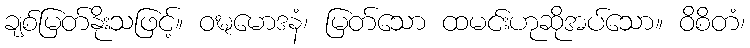
ချစ်မြတ်နိုးသဖြင့်။ ဝဍ္ဎမောဒနံ၊ မြတ်သော ထမင်းဟုဆိုအပ်သော။ ဝိစိတံ၊